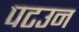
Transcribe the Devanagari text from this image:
पटउन